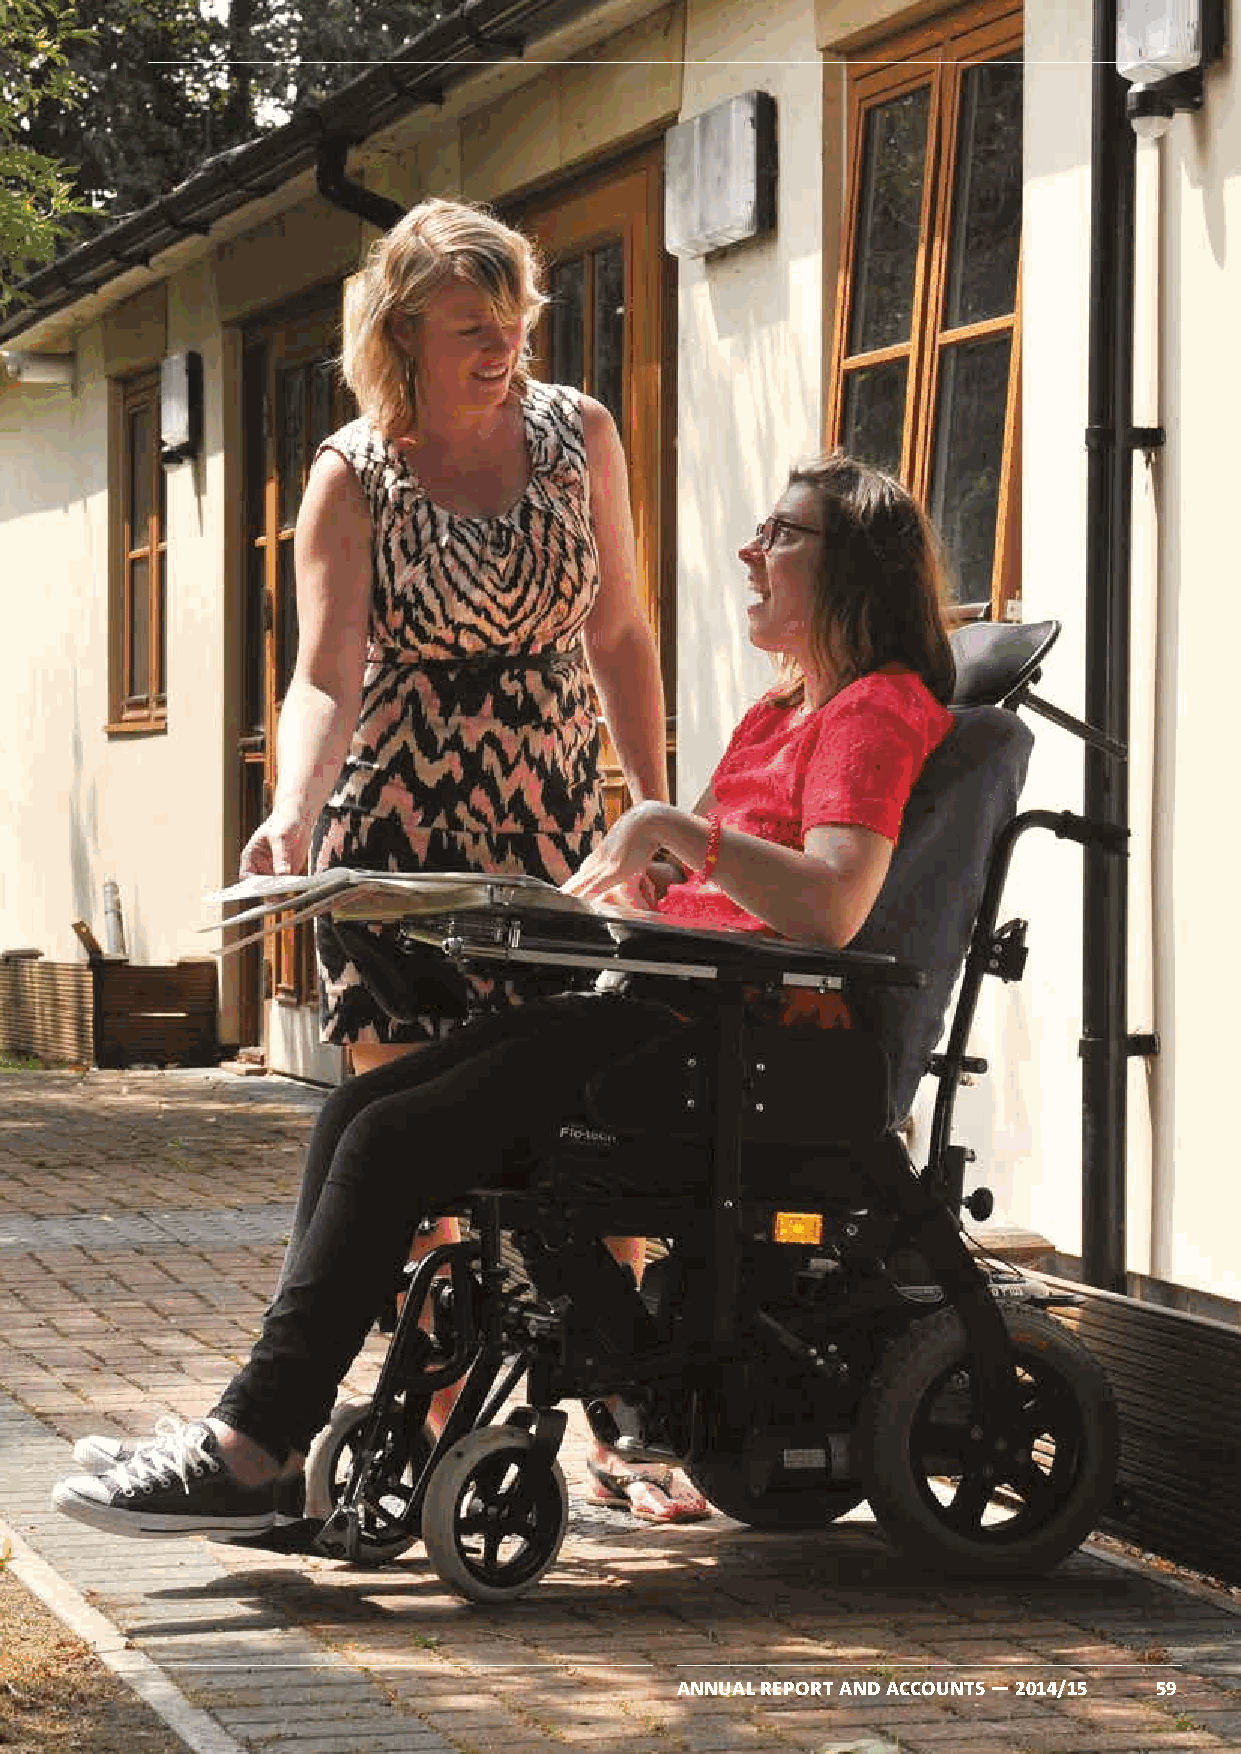
3
 Auditors’ Report
 ANNUAL REPORT AND ACCOUNTS — 2014/15 59